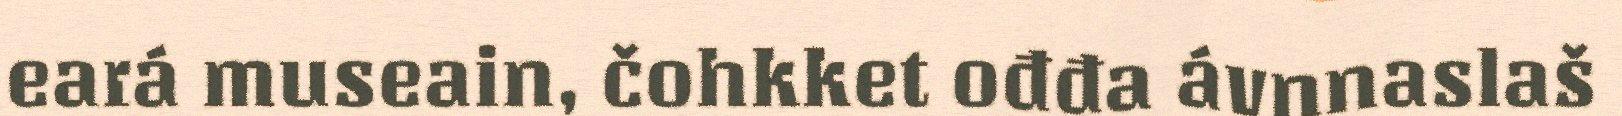
eará museain, čohkket ođđa ávnnaslaš